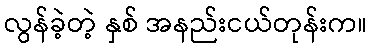
လွန်ခဲ့တဲ့ နှစ် အနည်းငယ်တုန်းက။